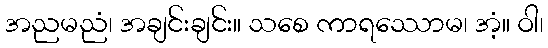
အညမညံ၊ အချင်းချင်း။ သစေ ကာရဿောမ၊ အံ့။ ဝါ၊